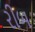
રીબ